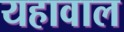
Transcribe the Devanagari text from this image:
यहावाल